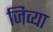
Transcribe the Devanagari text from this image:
जिव्या